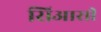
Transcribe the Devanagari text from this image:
सिआसी